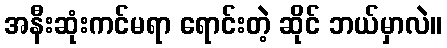
အနီးဆုံးကင်မရာ ရောင်းတဲ့ ဆိုင် ဘယ်မှာလဲ။